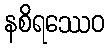
နစိရဿေဝ